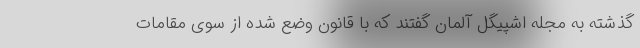
گذشته به مجله اشپیگل آلمان گفتند که با قانون وضع شده از سوی مقامات